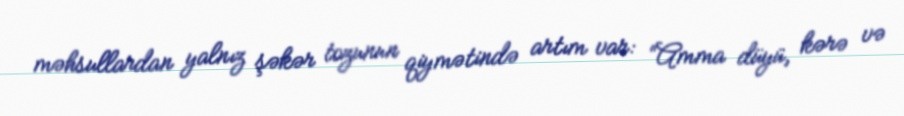
məhsullardan yalnız şəkər tozunun qiymətində artım var: “Amma düyü, kərə və